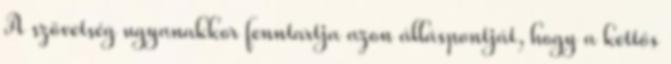
A szövetség ugyanakkor fenntartja azon álláspontját, hogy a kettős